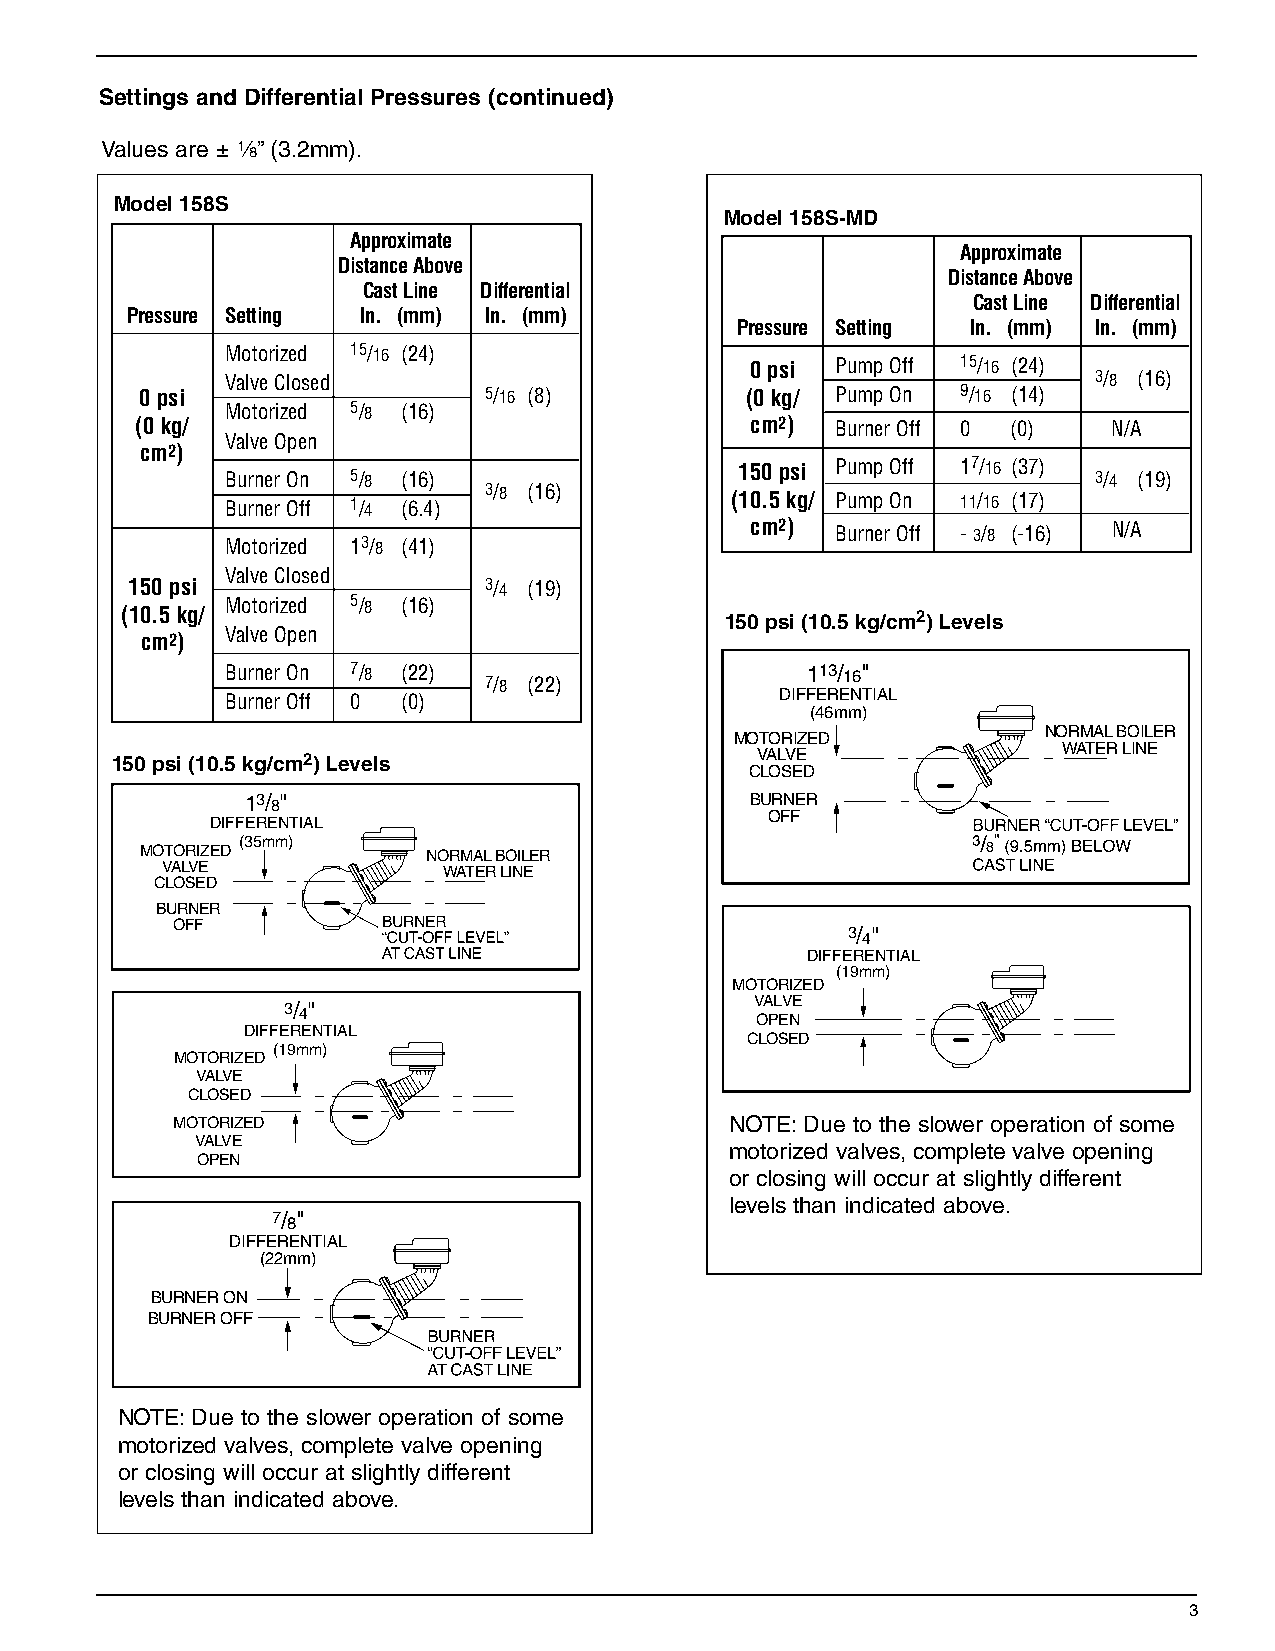
Settings and Differential Pressures (continued)
 Values are ± 8”(3.2mm).
 Model 158S
 Model 158S-MD
 Approximate
 Approximate
 Distance Above
 Distance Above
 Cast Line Differential
 Cast Line Differential
 Pressure Setting In. (mm) In. (mm)
 Pressure Setting In. (mm) In. (mm)
 Motorized 15/16 (24)
 0 psi Pump Off 15/16 (24)
 Valve Closed                                             3/8 (16)
 0 psi                  5/16 (8)         (0 kg/ Pump On 9/16 (14)
 Motorized 5/8 (16)
 (0 kg/                                   cm2) Burner Off 0 (0)   N/A
 Valve Open
 cm2)
 Burner On 5/8 (16)                150 psi Pump Off 17/16 (37) 3/4 (19)
 Burner Off 1/4 (6.4)
 3/8 (16)
 (10.5 kg/ Pump On 11/16 (17)
 cm2) Burner Off - 3/8 (-16) N/A
 Motorized 13/8 (41)
 Valve Closed
 150 psi                3/4 (19)
 (10.5 kg/
 Motorized 5/8 (16)
 150 psi (10.5 kg/cm2) Levels
 Valve Open
 cm2)
 Burner On 7/8 (22)
 7/8 (22)
 113/ 16"
 Burner Off 0 (0)                     DIFFERENTIAL
 (46mm)
 NORMAL BOILER
 MOTORIZED
 WATER LINE
 150 psi (10.5 kg/cm2) Levels               VALVE
 CLOSED
 13/ 8"                            BURNER
 OFF
 DIFFERENTIAL
 (35mm)
 MOTORIZED          NORMAL BOILER
 VALVE             WATER LINE
 CLOSED
 BURNER
 OFF
 3/ 4"
 DIFFERENTIAL
 (19mm)
 MOTORIZED
 VALVE
 3/ 4"
 OPEN
 DIFFERENTIAL
 CLOSED
 (19mm)
 MOTORIZED
 VALVE
 CLOSED
 MOTORIZED                            NOTE:Due to the slower operation of some
 VALVE
 motorized valves, complete valve opening
 OPEN
 or closing will occur at slightly different
 levels than indicated above.
 7/ 8"
 DIFFERENTIAL
 (22mm)
 BURNER ON
 BURNER OFF
 NOTE:Due to the slower operation of some
 motorized valves, complete valve opening
 or closing will occur at slightly different
 levels than indicated above.
 3